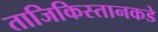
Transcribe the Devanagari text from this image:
ताजिकिस्तानकडे